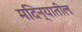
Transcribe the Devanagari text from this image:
मदिन्यातील